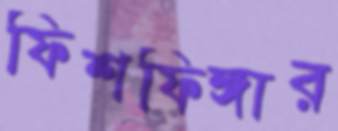
ফিশফিঙ্গার